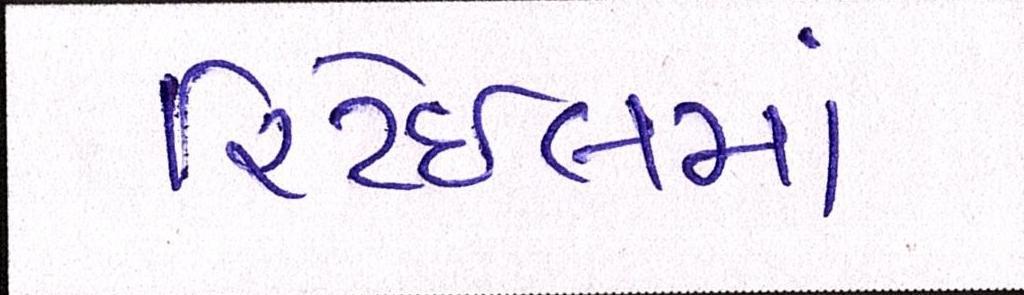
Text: રિટેઈલમાં